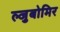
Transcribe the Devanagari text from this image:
ल्जुबोमिर